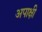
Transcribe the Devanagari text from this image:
अपाक्षी